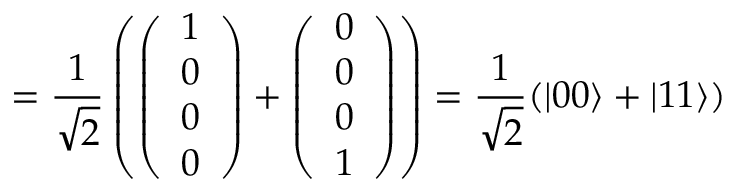
= \frac { 1 } { \sqrt { 2 } } \left( \left( \begin{array} { l } { 1 } \\ { 0 } \\ { 0 } \\ { 0 } \end{array} \right) + \left( \begin{array} { l } { 0 } \\ { 0 } \\ { 0 } \\ { 1 } \end{array} \right) \right) = \frac { 1 } { \sqrt { 2 } } ( | 0 0 \rangle + | 1 1 \rangle )